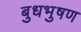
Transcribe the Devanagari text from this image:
बुधभुषण